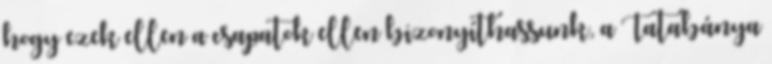
hogy ezek ellen a csapatok ellen bizonyíthassunk, a Tatabánya